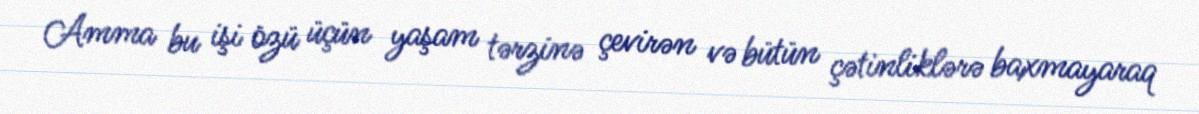
Amma bu işi özü üçün yaşam tərzinə çevirən və bütün çətinliklərə baxmayaraq